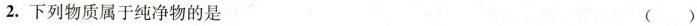
2.下列物质属于纯净物的是 （）